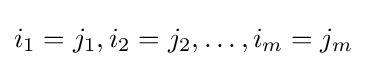
i_{1}=j_{1},i_{2}=j_{2},\dots ,i_{m}=j_{m}